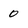
Character: 0